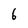
Character: 6